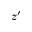
z ^ { \prime }